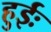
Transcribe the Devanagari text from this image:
हुईः